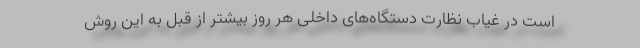
است در غیاب نظارت دستگاه‌های داخلی هر روز بیشتر از قبل به این روش